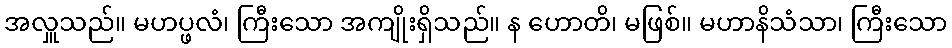
အလှူသည်။ မဟပ္ဖလံ၊ ကြီးသော အကျိုးရှိသည်။ န ဟောတိ၊ မဖြစ်။ မဟာနိသံသာ၊ ကြီးသော